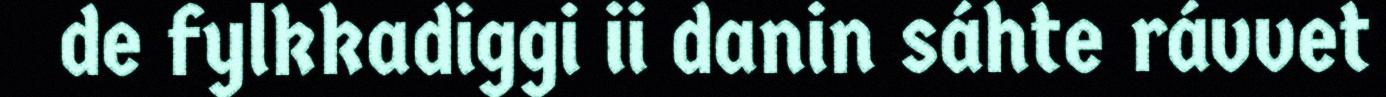
de fylkkadiggi ii danin sáhte rávvet